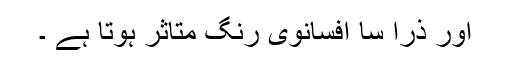
اور ذرا سا افسانوی رنگ متاثر ہوتا ہے ۔